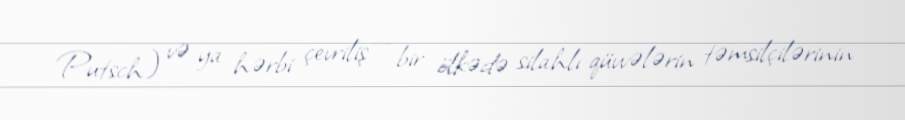
Putsch) və ya hərbi çevriliş — bir ölkədə silahlı qüvvələrin təmsilçilərinin